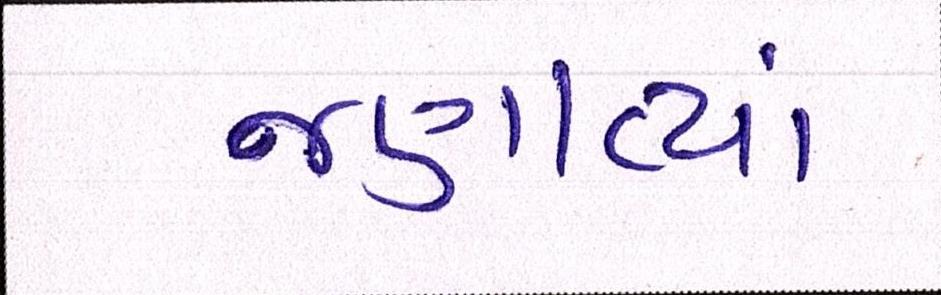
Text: જણાવ્યાં